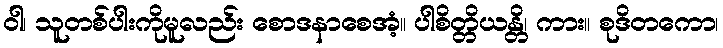
ဝါ၊ သူတစ်ပါးကိုမူလည်း စောဒနာစေအံ့။ ပါစိတ္တိယန္တိ၊ ကား။ စုဒိတကော၊